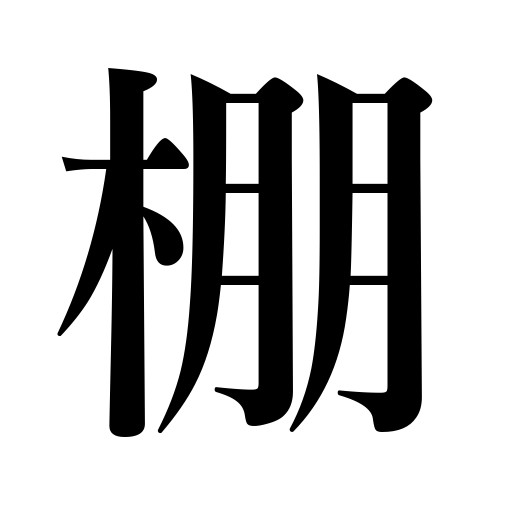
Meanings: lattice,trellis,shelf,rack,ledge,mount,mantelpiece